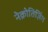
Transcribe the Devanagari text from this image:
नेक्रोतिज़िंग